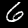
Digit: 6